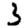
Digit: 3